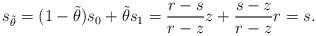
LaTeX: \begin{align*} s_{\Tilde{\theta}}=(1-\Tilde{\theta})s_0+\Tilde{\theta}s_1=\frac{r-s}{r-z}z+\frac{s-z}{r-z}r=s. \end{align*}